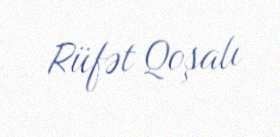
Rüfət Qoşalı